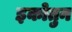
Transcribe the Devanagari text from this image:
इकोतुन